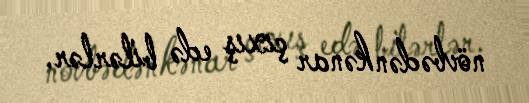
növbədənkənar çıxış edə bilərlər.